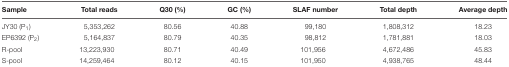
| Sample | Total reads | Q30 (%) | GC (%) | SLAF number | Total depth | Average depth |
 | --- | --- | --- | --- | --- | --- | --- |
 | JY30 (P1) | 5,353,262 | 80.56 | 40.88 | 99,180 | 1,808,312 | 18.23 |
 | EP6392 (P2) | 5,164,837 | 80.79 | 40.35 | 98,812 | 1,781,881 | 18.03 |
 | R-pool | 13,223,930 | 80.71 | 40.49 | 101,956 | 4,672,486 | 45.83 |
 | S-pool | 14,259,464 | 80.12 | 40.15 | 101,950 | 4,938,765 | 48.44 |